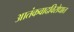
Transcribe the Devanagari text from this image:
आतंकवादविरोधात